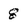
Character: 8